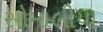
સોમાલીયા